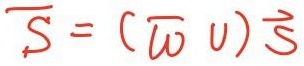
$\overline{S}=(\overline{\omega}v)\overrightarrow{S}$